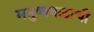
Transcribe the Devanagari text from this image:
मनुष्यबळाची